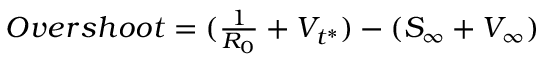
\begin{array} { r } { O v e r s h o o t = ( \frac { 1 } { R _ { 0 } } + V _ { t ^ { * } } ) - ( S _ { \infty } + V _ { \infty } ) } \end{array}